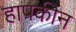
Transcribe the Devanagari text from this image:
हापकीन